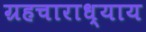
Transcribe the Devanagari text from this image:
ग्रहचाराध्याय